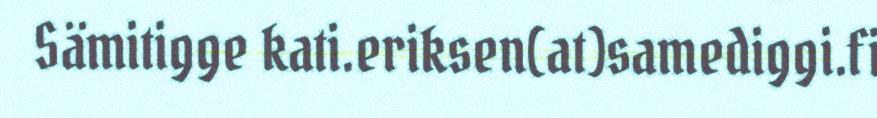
Sämitigge kati.eriksen(at)samediggi.fi